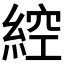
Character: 𦁈